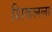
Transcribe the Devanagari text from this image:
शिकलला